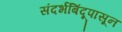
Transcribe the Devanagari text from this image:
संदर्भबिंदूपासून